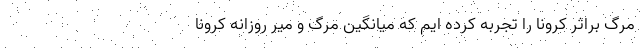
مرگ براثر کرونا را تجربه کرده ایم که میانگین مرگ و میر روزانه کرونا